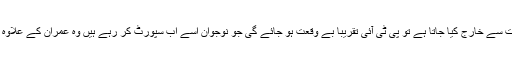
ویسے بھی اگر عمران خان کو سیاست سے خارج کیا جاتا ہے تو پی ٹی آئی تقریباً بے وقعت ہو جائے گی جو نوجوان اسے اب سپورٹ کر رہے ہیں وہ عمران کے علاوہ کسی اور کو اپنا لیڈر نہیں مانیں گے۔